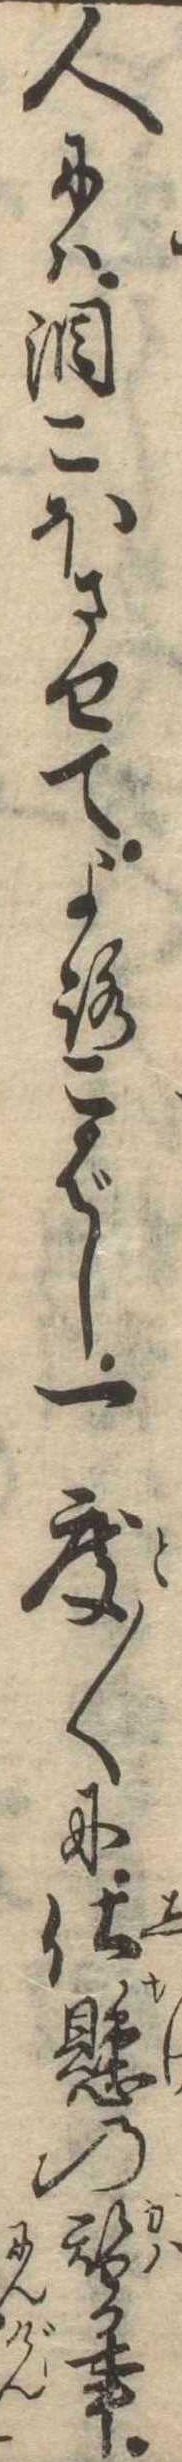
人には涙こほさせてよろこばし一度〱に仕懸の替る事